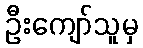
ဦးကျော်သူမှ